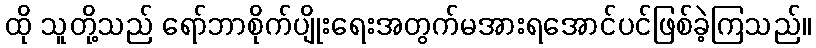
ထို သူတို့သည် ရော်ဘာစိုက်ပျိုးရေးအတွက်မအားရအောင်ပင်ဖြစ်ခဲ့ကြသည်။